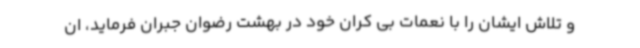
و تلاش ایشان را با نعمات بی کران خود در بهشت رضوان جبران فرماید، ان